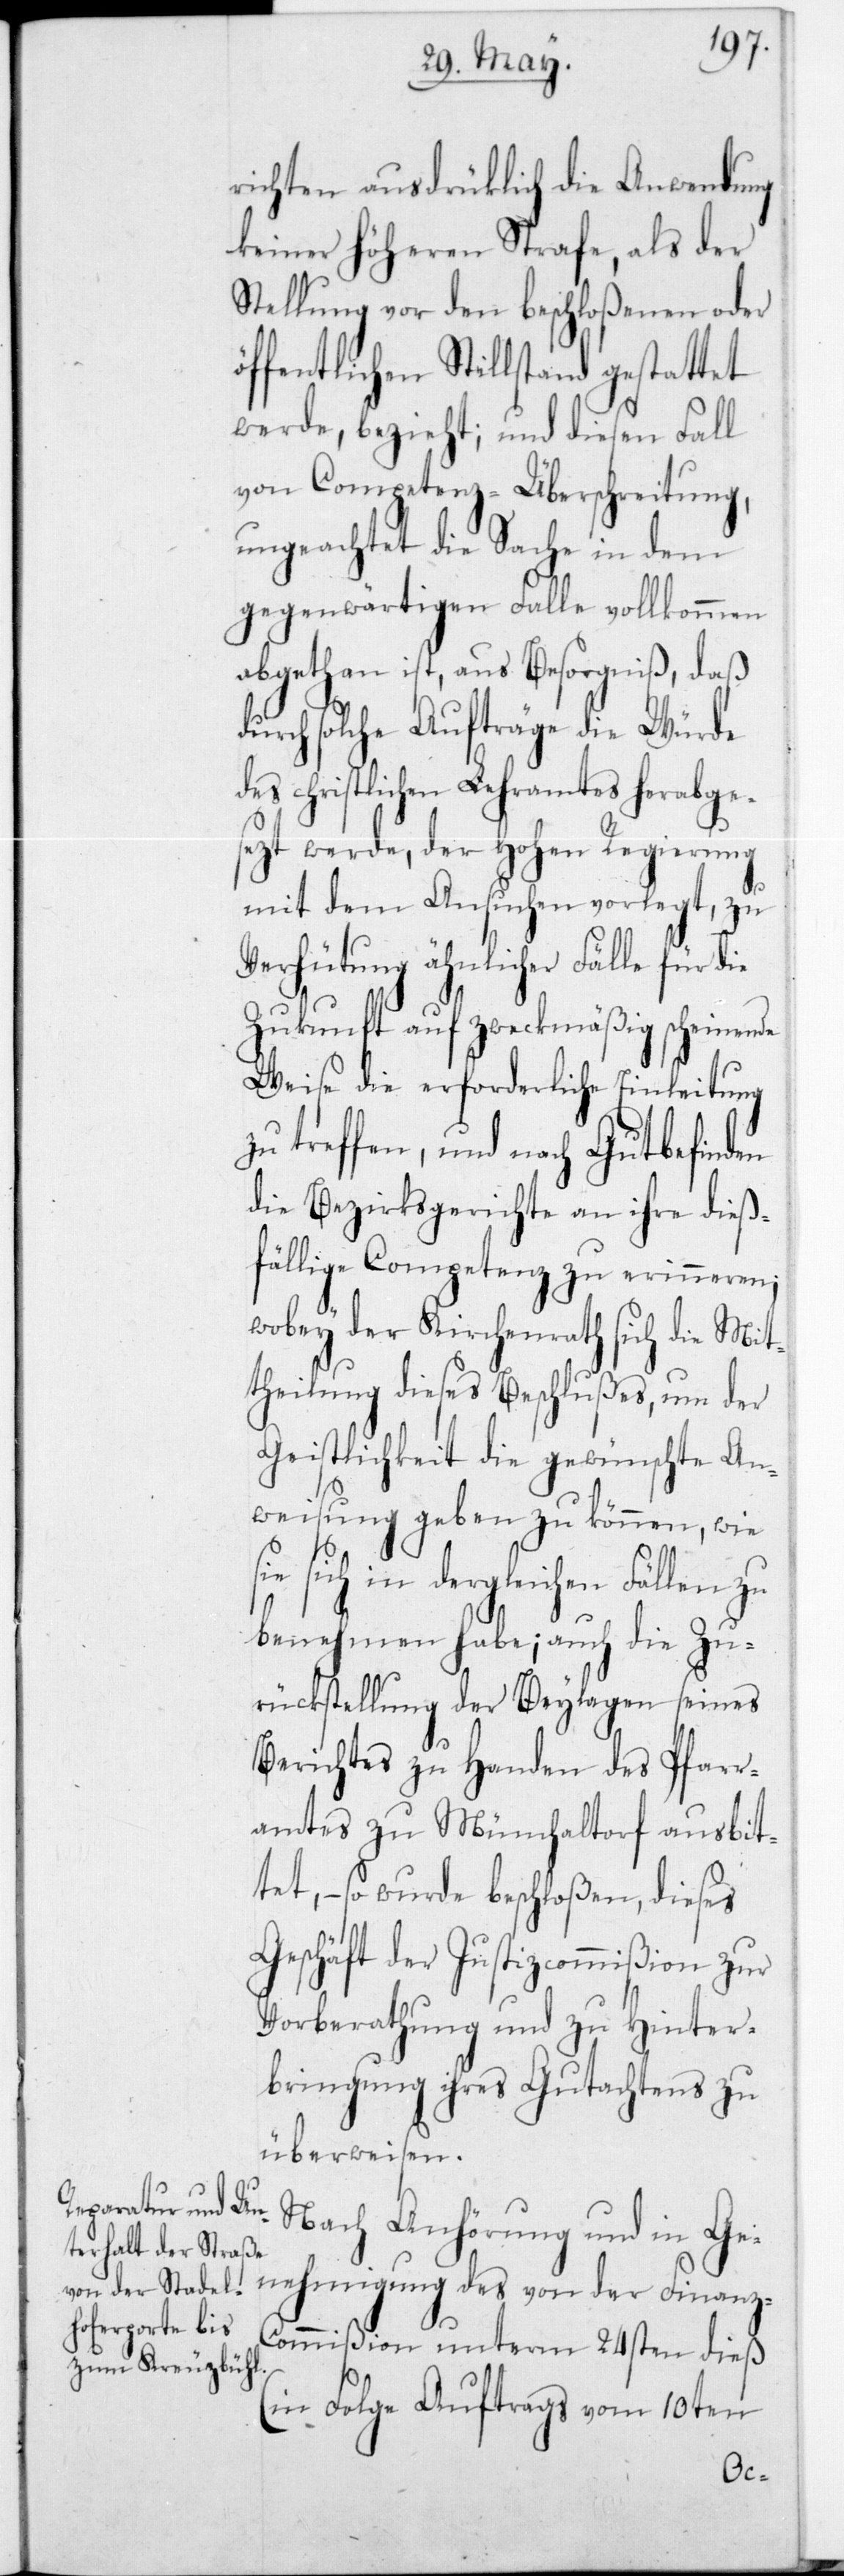
richten ausdrüklich die Anwendung
keiner höheren Strafe, als der
Stellung vor den beschloßenen oder
öffentlichen Stillstand gestattet
werde, bezieht; und diesen Fall
von Competenz-Überschreitung,
ungeachtet die Sache in dem
gegenwärtigen Falle vollkommen
abgethan ist, aus Besorgniß, daß
durch solche Aufträge die Würde
des christlichen Lehramtes herabge¬
sezt werde, der Hohen Regierung
mit dem Ansuchen vorlegt, zu
Verhütung ähnlicher Fälle für die
Zukunft auf zweckmäßig scheinende
Weise die erforderliche Einleitung
zu treffen, und nach Gutbefinden
die Bezirksgerichte an ihre dieß¬
fällige Competenz zu erinneren;
wobey der Kirchenrath sich die Mit¬
theilung dieses Beschlußes, um der
Geistlichkeit die gewünschte An¬
weisung geben zu können, wie
ie sich in dergleichen Fällen
benehmen habe; auch die Zu¬
rückstellung der Beylagen seines
Berichtes zu Handen des Pfarr¬
amtes zu Münchaltorf ausbit¬
tet, – so wurde beschloßen, dieses
Geschäft der Justizcommißion zur
Vorberathung und zu Hinter¬
bringung ihres Gutachtens zu
überweisen.
Nach Anhörung und in Ge¬
nehmigung des von der Finanz-C¬
ommißion unterm 24sten dieß
(in Folge Auftrags vom 10ten
s¬